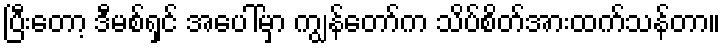
ပြီးတော့ ဒီမစ်ရှင် အပေါ်မှာ ကျွန်တော်က သိပ်စိတ်အားထက်သန်တာ။